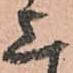
上